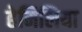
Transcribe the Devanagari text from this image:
हेमिलिया